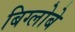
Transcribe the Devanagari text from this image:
बिग्लोबे